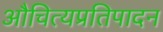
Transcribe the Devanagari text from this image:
औचित्यप्रतिपादन